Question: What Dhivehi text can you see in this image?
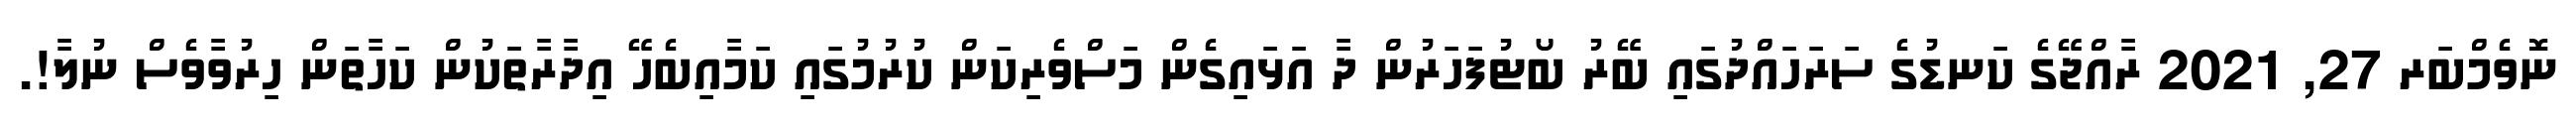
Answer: ނޮވެމްބަރ 27, 2021 ރާއްޖޭގެ ކަނޑުގެ ސަރަހައްދުގައި ބޭރު ބޯޓުފަހަރުން ދާ އަޅައިގެން މަސްވެރިކަން ކުރުމުގައި ކަމާއިބެހޭ އިދާރާތަކުން ކަހާތަން ހިރުވާވެސް ނުލާ!.